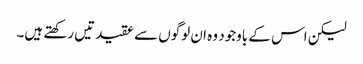
لیکن اس کے باوجود وہ ان لوگوں سے عقیدتیں رکھتے ہیں۔